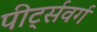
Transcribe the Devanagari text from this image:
पीर्ट्सवर्ग